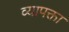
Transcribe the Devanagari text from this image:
व्यापक्ता